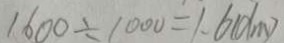
1 6 0 0 \div 1 0 0 0 = 1 . 6 ( d m )